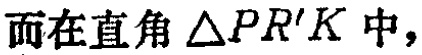
而在直角 $\triangle PR'K$ 中，